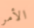
الأمر